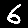
Digit: 6